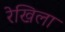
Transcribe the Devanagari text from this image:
रेखिला